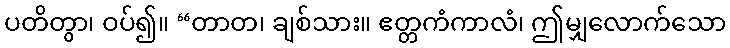
ပတိတွာ၊ ဝပ်၍။ “တာတ၊ ချစ်သား။ ဧတ္တကံကာလံ၊ ဤမျှလောက်သော